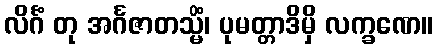
လိင်္ဂံ တု အင်္ဂဇာတသ္မိံ၊ ပုမတ္တာဒိမှိ လက္ခဏေ။